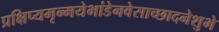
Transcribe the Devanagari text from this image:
प्रक्षिप्यमृन्मयेभांडेनवेसाच्छादनेशुभे